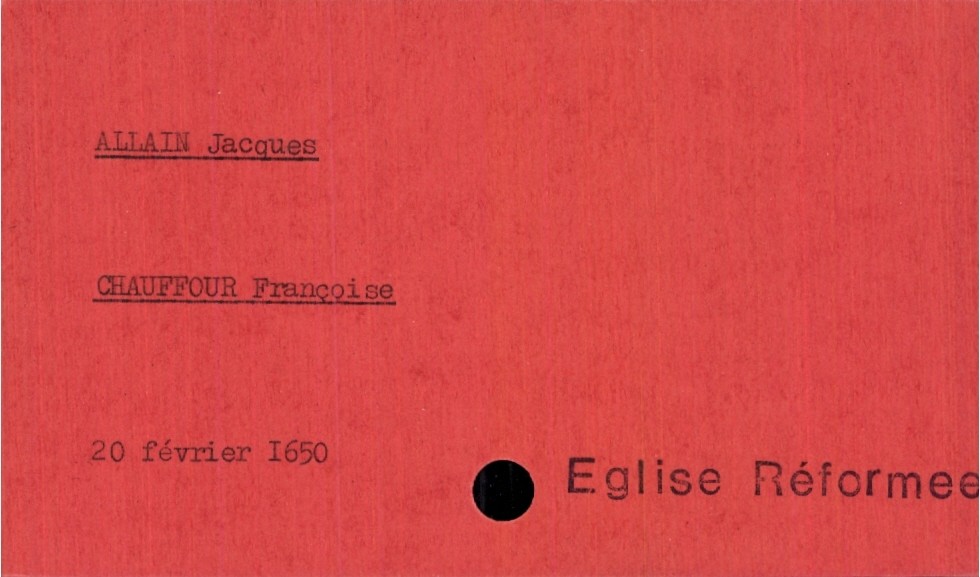
type_acte: Mariage
année: 1650
mois: février
jour: 20
observations: Eglise réformee
marié_nom: Allain
marié_prénom: Jacques
mariée_nom: Chauffour
mariée_prénom: Françoise